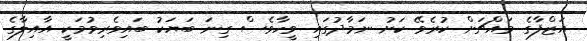
އަޒްފާގެ މައްޗަށް ކުރެވޭ ކަށު ނަމާދުގައި ވީހާވެސް ގިނަ ބަޔަކު ބައިވެރިވުމަކީ އާއިލާގެ